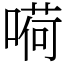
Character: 嗬